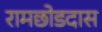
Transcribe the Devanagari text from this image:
रामछोडदास